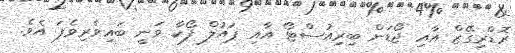
ރޮޑްރިގޭޒް އާއި ޖޯޑަން ބިރިއުސްޓޯ އާއި ޕައުލް ފޯކާ ވަނީ ބައިވެރިވެފަ އެވެ.